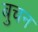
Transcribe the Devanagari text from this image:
बुचन